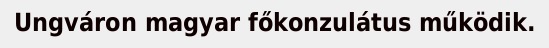
Ungváron magyar főkonzulátus működik.